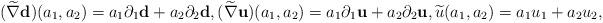
LaTeX: \begin{align*}(\widetilde{\nabla} \mathbf{d})(a_{1},a_{2})=a_{1}\partial_{1}\mathbf{d}+a_{2}\partial_{2}\mathbf{d}, (\widetilde{\nabla}\mathbf{u})(a_{1},a_{2})=a_{1}\partial_{1} \mathbf{u}+a_{2}\partial_{2}\mathbf{u},\widetilde{u}(a_{1},a_{2})=a_{1}u_{1}+a_{2} u_{2},\end{align*}